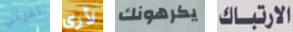
تفزعي لأري يكرهونك الارتباك